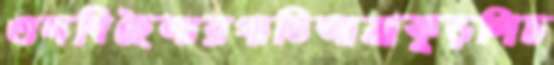
গুলবিছৈলারগাতিআস্রাকুড়লিচ